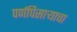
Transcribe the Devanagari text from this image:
पर्णपिसाऱ्याचा